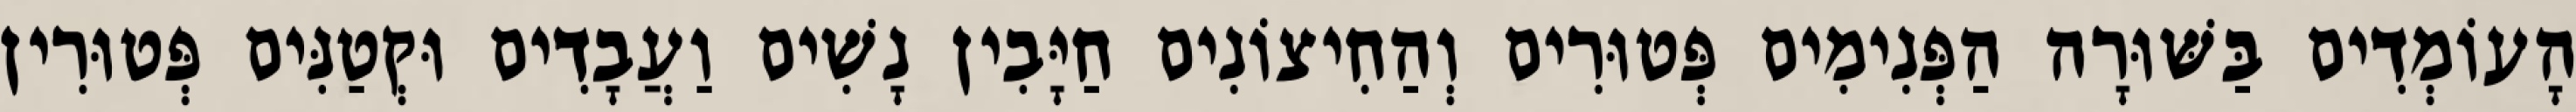
הָעוֹמְדִים בַּשּׁוּרָה הַפְּנִימִים פְּטוּרִים וְהַחִיצוֹנִים חַיָּבִין נָשִׁים וַעֲבָדִים וּקְטַנִּים פְּטוּרִין